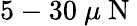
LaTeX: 5-30~\mu\mathrm{~N~}